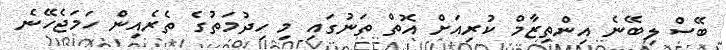
ބޭސް ލިބޭނެ އިންތިޒާމް ކުރިއަށް އޮތް ތަނުގައި މި ހިދުމަތުގެ ތެރެއިން ހަމަޖެހޭނެ